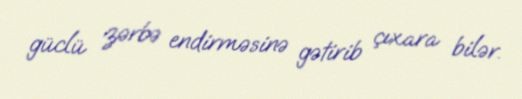
güclü zərbə endirməsinə gətirib çıxara bilər.